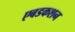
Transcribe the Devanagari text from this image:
एबडकशन